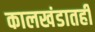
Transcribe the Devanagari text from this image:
कालखंडातही